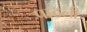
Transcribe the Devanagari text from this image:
पाठली